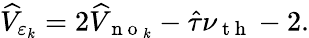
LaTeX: \widehat{V}_{\varepsilon_{k}}=2\widehat{V}_{\mathrm{~n~o~}_{k}}-\hat{\tau}\nu_{\mathrm{~t~h~}}-2.